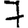
Digit: 7